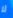
لا